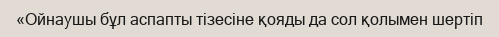
«Ойнаушы бұл аспапты тізесіне қояды да сол қолымен шертіп